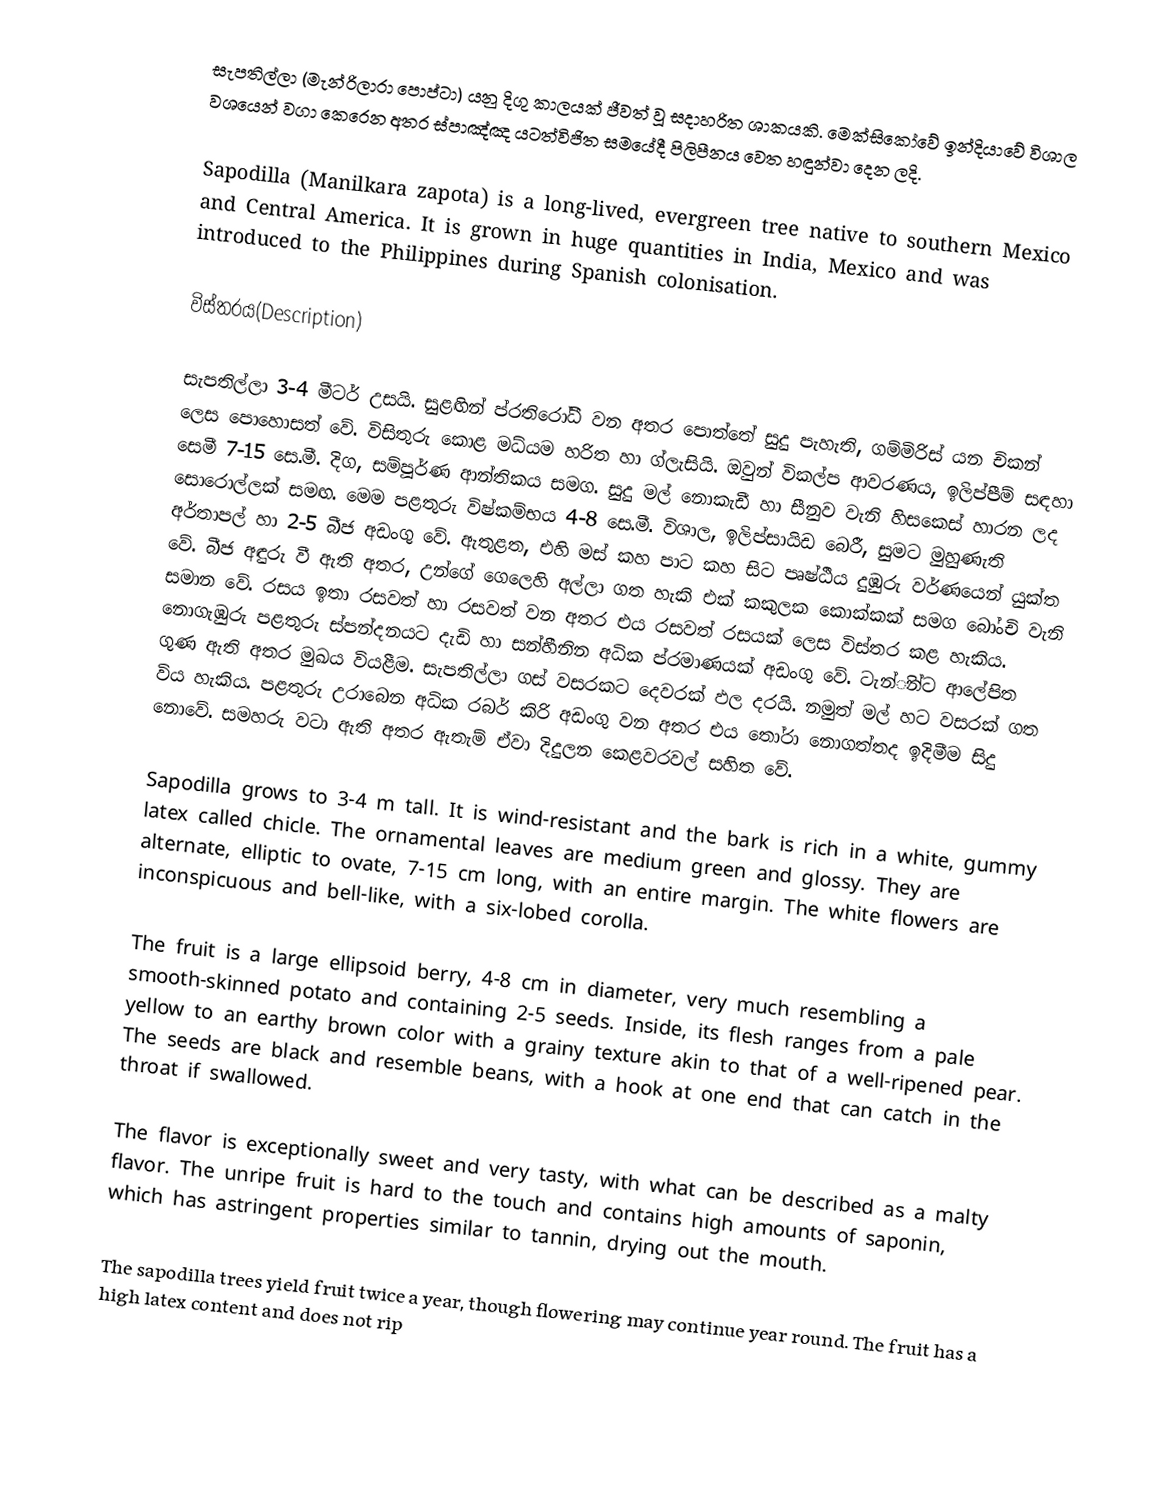
සැපතිල්ලා (මැන්රිලාරා පොප්ටා) යනු දිගු කාලයක් ජීවත් වූ සදාහරිත ශාකයකි. මෙක්සිකෝවේ ඉන්දියාවේ විශාල වශයෙන් වගා කෙරෙන අතර ස්පාඤ්ඤ යටත්විජිත සමයේදී පිලිපීනය වෙත හඳුන්වා දෙන ලදි.

Sapodilla (Manilkara zapota) is a long-lived, evergreen tree native to southern Mexico and Central America. It is grown in huge quantities in India, Mexico and was introduced to the Philippines during Spanish colonisation.

විස්තරය(Description)

සැපතිල්ලා 3-4 මීටර් උසයි. සුළඟින් ප්රතිරෝධී වන අතර පොත්තේ සුදු පැහැති, ගම්මිරිස් යන චිකන් ලෙස පොහොසත් වේ. විසිතුරු කොළ මධ්යම හරිත හා ග්ලැසියි. ඔවුන් විකල්ප ආවරණය, ඉලිප්පීම් සඳහා සෙමී 7-15 සෙ.මී. දිග, සම්පූර්ණ ආන්තිකය සමග. සුදු මල් නොකැඩී හා සීනුව වැනි හිසකෙස් හාරන ලද සොරොල්ලක් සමඟ. මෙම පළතුරු විෂ්කම්භය 4-8 සෙ.මී. විශාල, ඉලිප්සායිඩ බෙරී, සුමට මුහුණැති අර්තාපල් හා 2-5 බීජ අඩංගු වේ. ඇතුළත, එහි මස් කහ පාට කහ සිට පෘෂ්ඨීය දුඹුරු වර්ණයෙන් යුක්ත වේ. බීජ අඳුරු වී ඇති අතර, උන්ගේ ගෙලෙහි අල්ලා ගත හැකි එක් කකුලක කොක්කක් සමග බෝංචි වැනි සමාන වේ. රසය ඉතා රසවත් හා රසවත් වන අතර එය රසවත් රසයක් ලෙස විස්තර කළ හැකිය. නොගැඹුරු පළතුරු ස්පන්දනයට දැඩි හා සන්හීනින අධික ප්රමාණයක් අඩංගු වේ. ටැන්ින්ට ආලේපිත ගුණ ඇති අතර මුඛය වියළීම. සැපතිල්ලා ගස් වසරකට දෙවරක් ඵල දරයි. නමුත් මල් හට වසරක් ගත විය හැකිය. පළතුරු උරාබෙන අධික රබර් කිරි අඩංගු වන අතර එය තෝරා නොගත්තද ඉදිමීම සිදු නොවේ. සමහරු වටා ඇති අතර ඇතැම් ඒවා දිදුලන කෙළවරවල් සහිත වේ.

Sapodilla grows to 3-4 m tall. It is wind-resistant and the bark is rich in a white, gummy latex called chicle. The ornamental leaves are medium green and glossy. They are alternate, elliptic to ovate, 7-15 cm long, with an entire margin. The white flowers are inconspicuous and bell-like, with a six-lobed corolla.

The fruit is a large ellipsoid berry, 4-8 cm in diameter, very much resembling a smooth-skinned potato and containing 2-5 seeds. Inside, its flesh ranges from a pale yellow to an earthy brown color with a grainy texture akin to that of a well-ripened pear. The seeds are black and resemble beans, with a hook at one end that can catch in the throat if swallowed.

The flavor is exceptionally sweet and very tasty, with what can be described as a malty flavor. The unripe fruit is hard to the touch and contains high amounts of saponin, which has astringent properties similar to tannin, drying out the mouth.

The sapodilla trees yield fruit twice a year, though flowering may continue year round. The fruit has a high latex content and does not rip